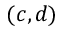
( c , d )